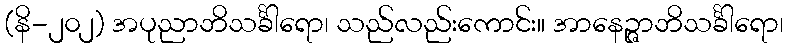
(နိ-၂၀၂) အပုညာဘိသင်္ခါရော၊ သည်လည်းကောင်း။ အာနေဉ္ဇာဘိသင်္ခါရော၊